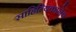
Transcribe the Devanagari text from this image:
साहित्यिकानेच